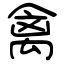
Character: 禽